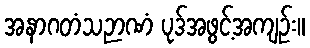
အနာဂတံသဉာဏံ ပုဒ်အဖွင့်အကျဉ်း။